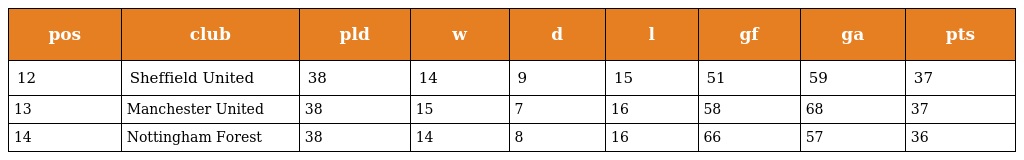
| pos | club | pld | w | d | l | gf | ga | pts |
 | --- | --- | --- | --- | --- | --- | --- | --- | --- |
 | 12 | Sheffield United | 38 | 14 | 9 | 15 | 51 | 59 | 37 |
 | 13 | Manchester United | 38 | 15 | 7 | 16 | 58 | 68 | 37 |
 | 14 | Nottingham Forest | 38 | 14 | 8 | 16 | 66 | 57 | 36 |